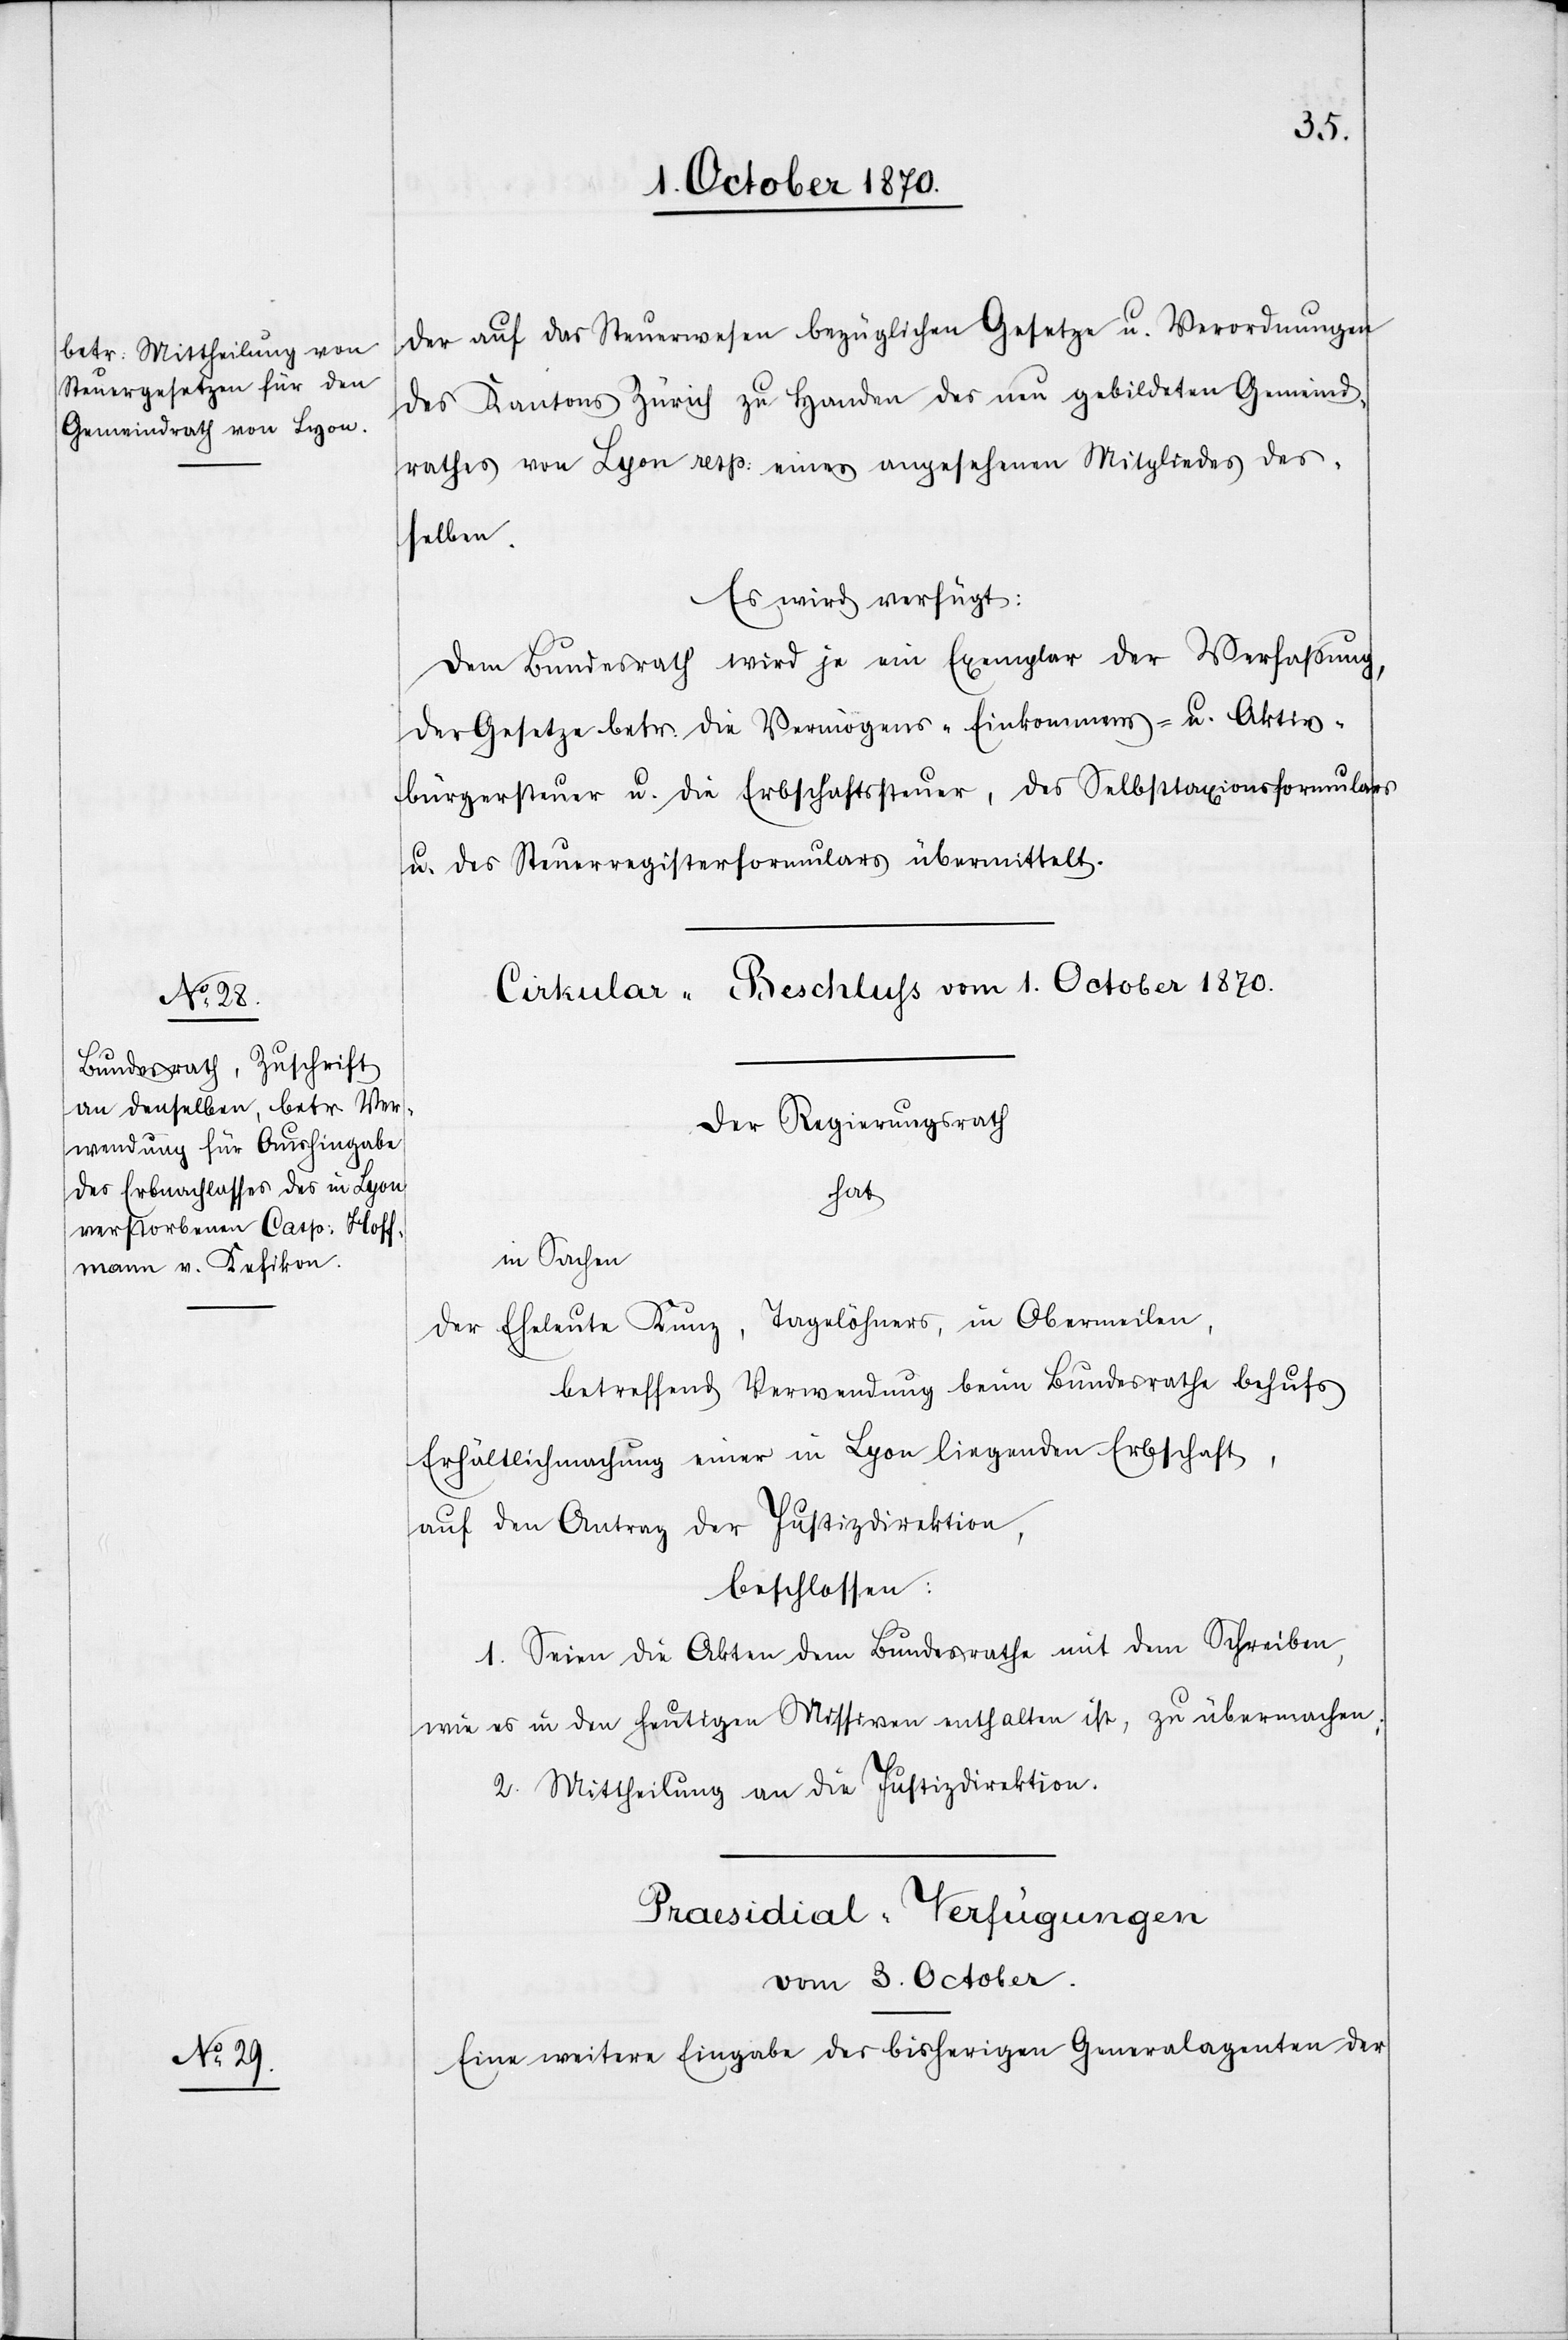
der auf das Steuerwesen bezüglichen Gesetze u. Verordnungen
des Kantons Zürich zu Handen des neu gebildeten Gemeind¬
rathes von Lyon resp: eines angesehenen Mitgliedes des¬
selben.
Es wird verfügt:
Dem Bundesrath wird je ein Exemplar der Verfassung
der Gesetze betr. die Vermögens-[,] Einkommens- u. Aktiv¬
bürgersteuer u. die Erbschaftssteuer, des Selbsttaxionsformulars
u. des Steuerregisterformulars übermittelt.
Cirkular-Beschluss vom 1. October 1870.
Der Regierungsrath
hat
in Sachen
der Eheleute Kunz, Tagelöhners, in Obermeilen,
betreffend Verwendung beim Bundesrathe behufs
Erhältlichmachung einer in Lyon liegenden Erbschaft,
auf den Antrag der Justizdirektion,
beschlossen:
1. Seien die Akten dem Bundesrathe mit dem Schreiben,
wie es in den heutigen Missiven enthalten ist, zu übermachen;
2. Mittheilung an die Justizdirektion.
Praesidial-Verfügungen
vom 3. October
Eine weitere Eingabe des bisherigen Generalagenten der